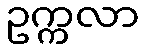
ဥက္ကလာ